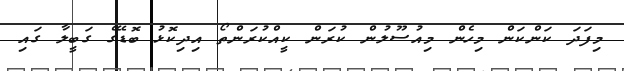
މިފަދަ ކަންކަން މިހެން މިއުސޫލުން ކުރަން ކީއްކުރަންތޯ އިދިކޮޅު ބޮޑޭގެ ގަބީލާ ގައި